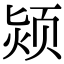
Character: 颎